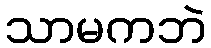
သာမကဘဲ